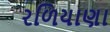
રળિયાણા